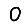
Digit: 0